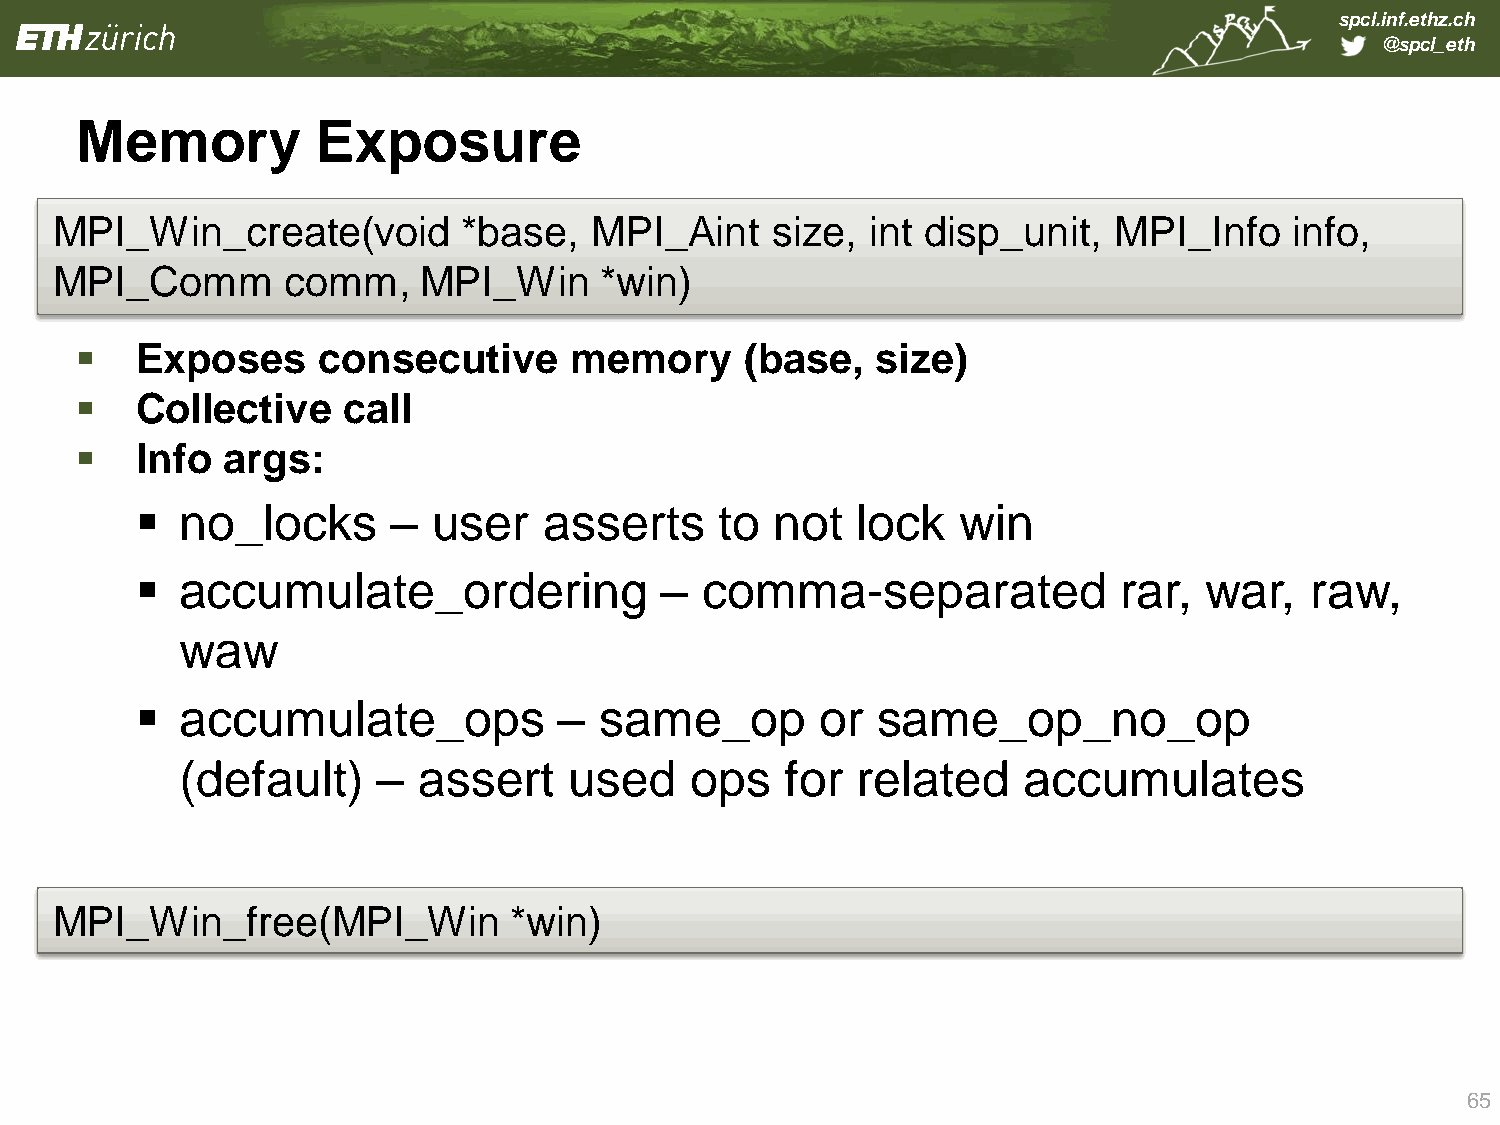
spcl.inf.ethz.ch
 @spcl_eth
 Memory          Exposure
 MPI_Win_create(void         *base,  MPI_Aint    size,  int disp_unit,  MPI_Info    info,
 MPI_Comm        comm,    MPI_Win     *win)
    Exposes     consecutive      memory     (base,   size)
    Collective    call
    Info  args:
   no_locks      –  user   asserts     to not   lock   win
   accumulate_ordering             – comma-separated             rar,  war,   raw,
 waw
   accumulate_ops           –  same_op       or  same_op_no_op
 (default)    –  assert    used    ops   for  related    accumulates
 MPI_Win_free(MPI_Win           *win)
 65